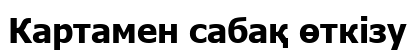
Картамен сабақ өткізу